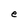
Character: e